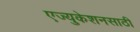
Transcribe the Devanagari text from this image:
एज्युकेशनसाठी